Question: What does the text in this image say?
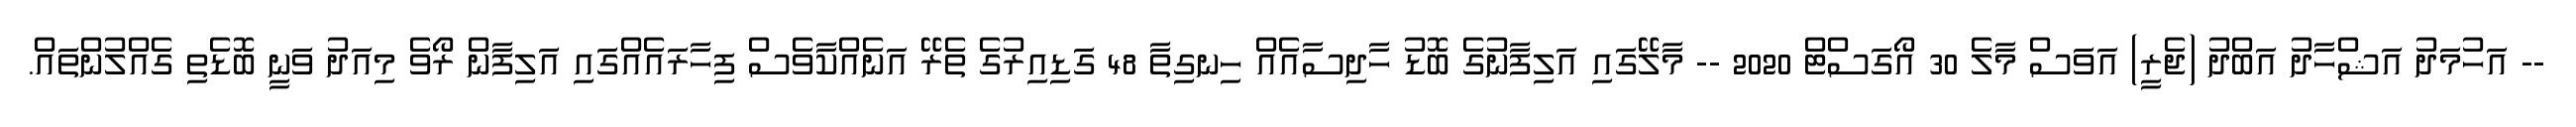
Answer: -- އަހުމަދު އަޝްހާދު އަބްދު (ޖެރީ) އަވަސް މާލެ 30 އޯގަސްޓް 2020 -- މާލޭގައި އަލިފާނުގެ ބޮޑު ހާދިސާއެއް ހިނގިތާ 48 ގަޑިއިރުގެ ތެރޭ އަނެއްކާވެސް ފިހާރައެއްގައި އަލިފާން ރޯވެ މިއަދު ވަނީ ބޮޑެތި ގެއްލުންތައް.